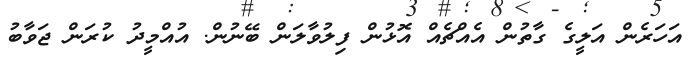
އަހަރެން އަލީގެ ގާތުން އެއްޗެއް އޮޅުން ފިލުވާލަން ބޭނުން. އުއްމީދު ކުރަން ޖަވާބު